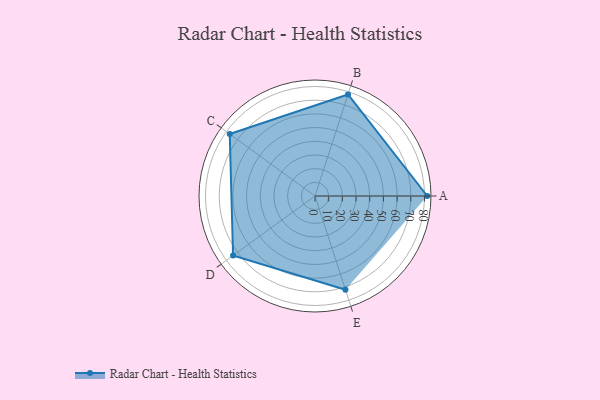
{"axis": {"x": "Skill", "y": "Score"}, "legend": ["Profile"], "data": [{"x": "A", "y": 82.0, "type": "Profile"}, {"x": "B", "y": 78.0, "type": "Profile"}, {"x": "C", "y": 77.0, "type": "Profile"}, {"x": "D", "y": 74.0, "type": "Profile"}, {"x": "E", "y": 72.0, "type": "Profile"}]}